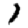
Digit: 1